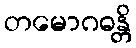
တမောဂဓန္တိ